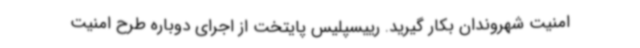
امنیت شهروندان بکار گیرید. رییسپلیس پایتخت از اجرای دوباره طرح امنیت